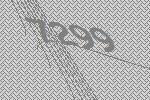
7299